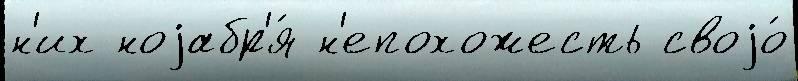
н'их ноjабр'я́ н'епохожесть своjо́